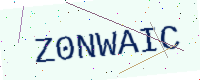
Text: Z0NWAIC